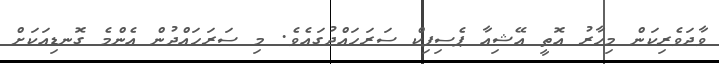
ވާދަވެރިކަން މިހާރު އޮތީ އޭޝިއާ ޕެސިފިކް ސަރަހައްދުގައެވެ. މި ސަރަހައްދުން އެންމެ ގޮނޑިއަކަށް